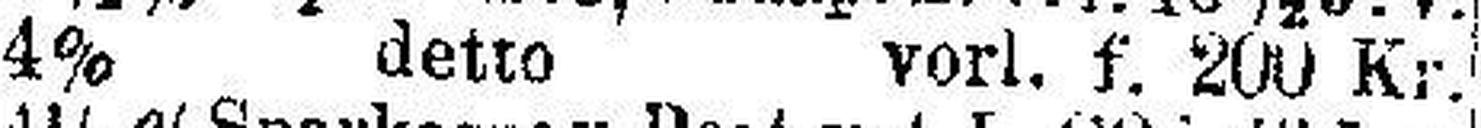
4% detto vorl. f, 200 Kr.